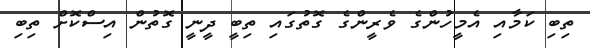
ތިބި ކަމާއި އެމީހުންގެ ވެރީންގެ ގޮތުގައި ތިބީ ދީނީ ގޮތުން އިސްކޮށް ތިބި